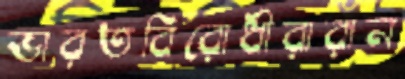
ভারতবিরোধীরারান